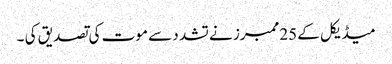
میڈیکل کے 25ممبرز نے تشد د سے موت کی تصدیق کی ۔